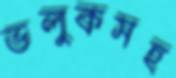
ভলুকসহ